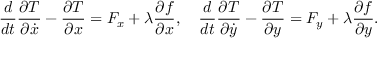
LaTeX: { \frac { d } { d t } } { \frac { \partial T } { \partial { \dot { x } } } } - { \frac { \partial T } { \partial x } } = F _ { x } + \lambda { \frac { \partial f } { \partial x } } , \quad { \frac { d } { d t } } { \frac { \partial T } { \partial { \dot { y } } } } - { \frac { \partial T } { \partial y } } = F _ { y } + \lambda { \frac { \partial f } { \partial y } } .